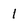
Character: 1